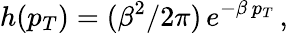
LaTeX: h(p_{T})=(\beta^{2}/2\pi)\, e^{-\beta\, p_{T}}\, ,